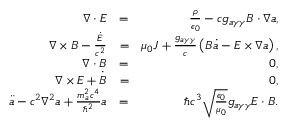
\begin{array} { r l r } { \boldsymbol \nabla \cdot \boldsymbol E } & { = } & { \frac { \rho } { \epsilon _ { 0 } } - c g _ { a \gamma \gamma } \boldsymbol B \cdot \boldsymbol \nabla a , } \\ { \boldsymbol \nabla \times \boldsymbol B - \frac { \dot { \boldsymbol E } } { c ^ { 2 } } } & { = } & { \mu _ { 0 } \boldsymbol J + \frac { g _ { a \gamma \gamma } } { c } \left( \boldsymbol B \dot { a } - \boldsymbol E \times \boldsymbol \nabla a \right) , } \\ { \boldsymbol \nabla \cdot \boldsymbol B } & { = } & { 0 , } \\ { \boldsymbol \nabla \times \boldsymbol E + \dot { \boldsymbol B } } & { = } & { 0 , } \\ { \ddot { a } - c ^ { 2 } \boldsymbol \nabla ^ { 2 } a + \frac { m _ { a } ^ { 2 } c ^ { 4 } } { \hbar ^ { 2 } } a } & { = } & { \hbar c ^ { 3 } \sqrt { \frac { \epsilon _ { 0 } } { \mu _ { 0 } } } g _ { a \gamma \gamma } \boldsymbol E \cdot \boldsymbol B . } \end{array}